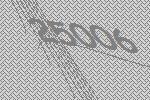
25006